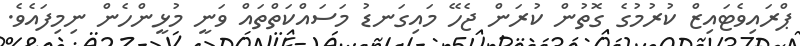
ޕްރައިވެޓައިޒް ކުރުމުގެ ގޮތުން ކުރަން ޖެހޭ މައިގަނޑު މަސައްކަތްތައް ވަނީ މުޅީންހެން ނިމިފައެވެ.